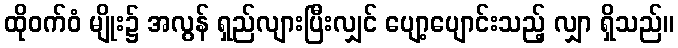
ထိုဝက်ဝံ မျိုး၌ အလွန် ရှည်လျားပြီးလျှင် ပျော့ပျောင်းသည့် လျှာ ရှိသည်။